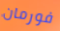
فورمان